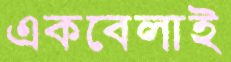
একবেলাই